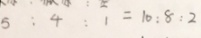
5 : 4 : 1 = 1 0 : 8 : 2